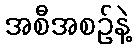
အစီအစဉ်နဲ့